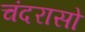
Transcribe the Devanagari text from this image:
चंदरासो